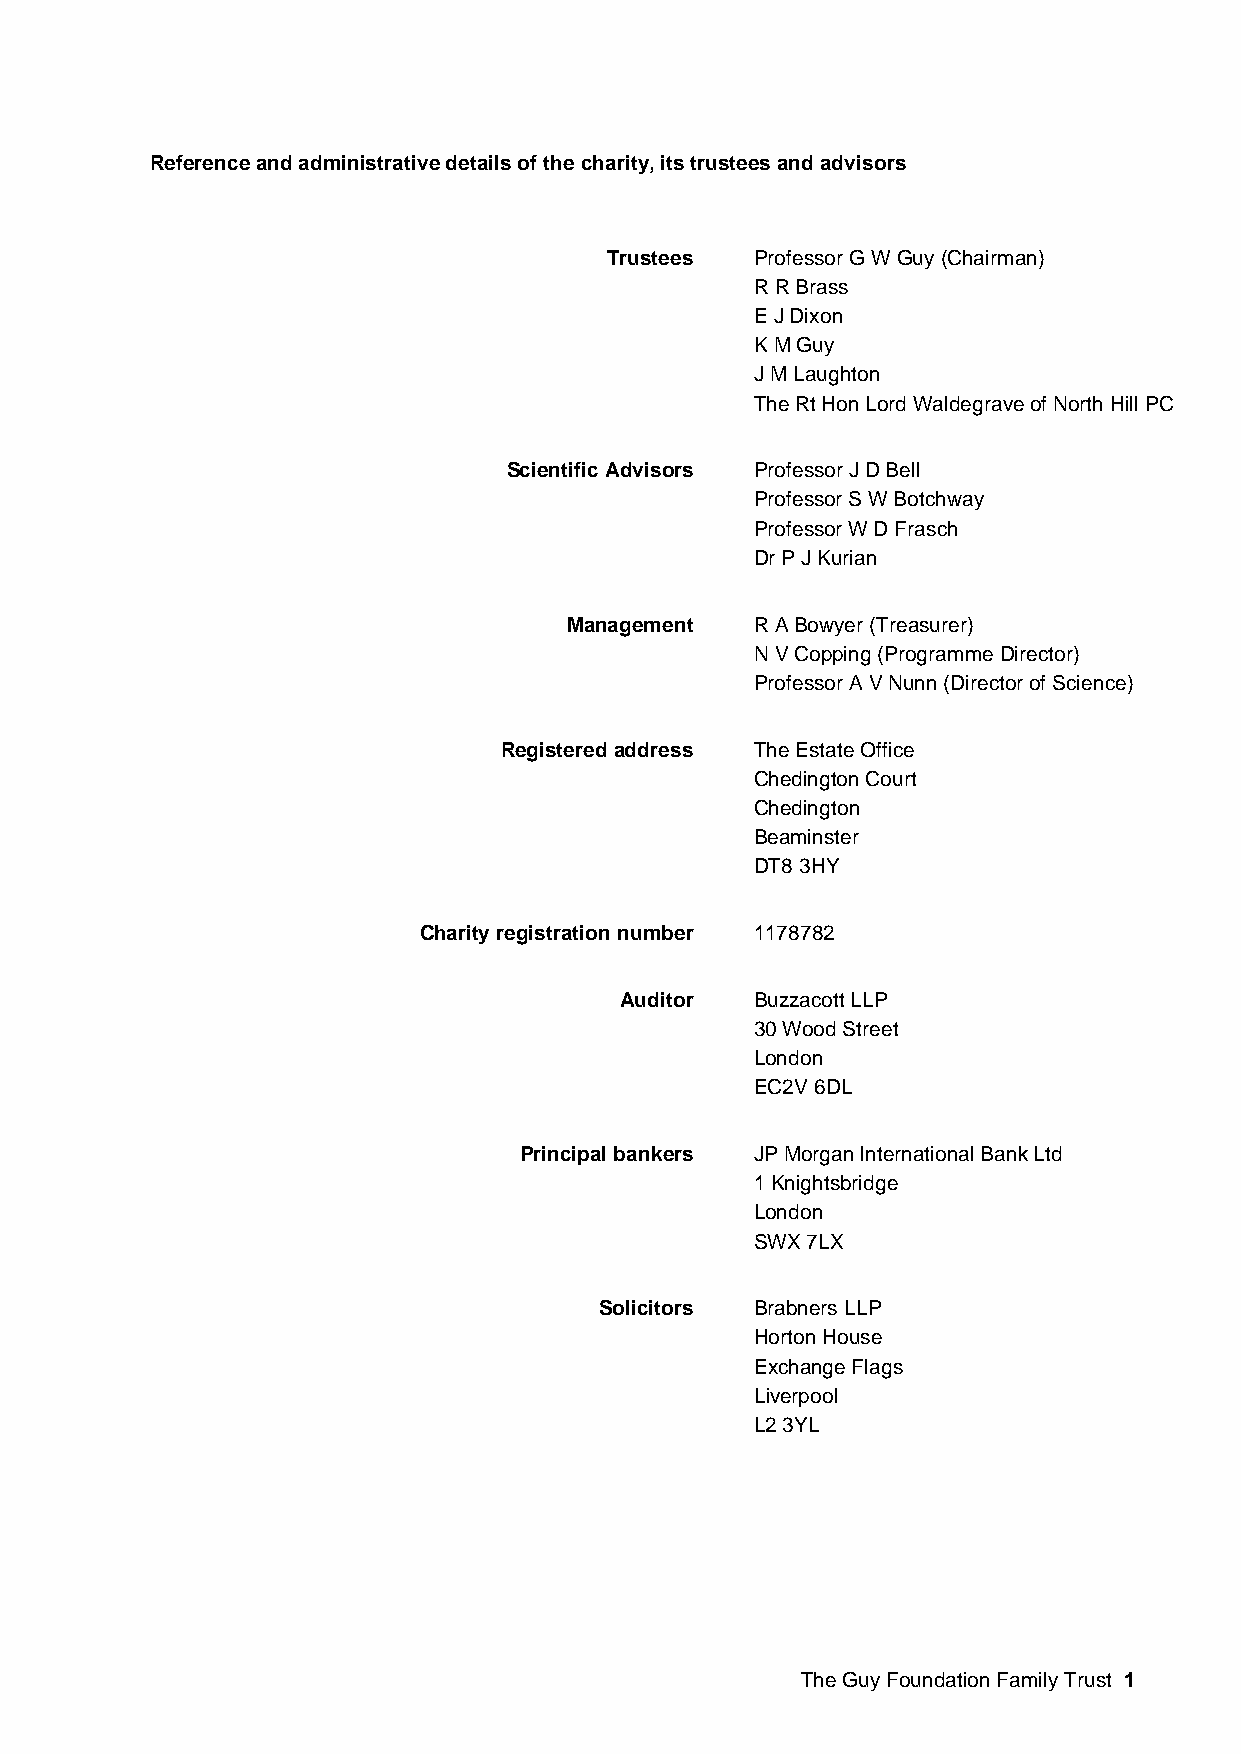
Reference and administrative details of the charity, its trustees and advisors
 Trustees  Professor G W Guy (Chairman)
 R R Brass
 E J Dixon
 K M Guy
 J M Laughton
 The Rt Hon Lord Waldegrave of North Hill PC
 Scientific Advisors Professor J D Bell
 Professor S W Botchway
 Professor W D Frasch
 Dr P J Kurian
 Management  R A Bowyer (Treasurer)
 N V Copping (Programme Director)
 Professor A V Nunn (Director of Science)
 Registered address The Estate Office
 Chedington Court
 Chedington
 Beaminster
 DT8 3HY
 Charity registration number 1178782
 Auditor  Buzzacott LLP
 30 Wood Street
 London
 EC2V 6DL
 Principal bankers JP Morgan International Bank Ltd
 1 Knightsbridge
 London
 SWX 7LX
 Solicitors Brabners LLP
 Horton House
 Exchange Flags
 Liverpool
 L2 3YL
 The Guy Foundation Family Trust 1